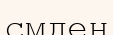
смден